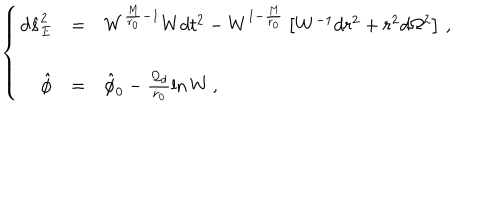
\left\{ \begin{array} { r c l } { { d \hat { s } _ { E } ^ { 2 } } } & { { = } } & { { W ^ { \frac { M } { r _ { 0 } } - 1 } W d t ^ { 2 } - W ^ { 1 - \frac { M } { r _ { 0 } } } \left[ W ^ { - 1 } d r ^ { 2 } + r ^ { 2 } d \Omega ^ { 2 } \right] \, , } } \\ { { } } & { { } } & { { } } \\ { { \hat { \phi } } } & { { = } } & { { \hat { \phi } _ { 0 } - \frac { { \cal Q } _ { d } } { r _ { 0 } } \ln W \, , } } \\ \end{array} \right.